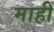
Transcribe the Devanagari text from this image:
माहीं